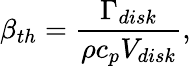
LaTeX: \beta_{th}=\frac{\Gamma_{disk}}{\rho c_{p}V_{disk}},